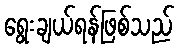
ရွေးချယ်ရန်ဖြစ်သည်